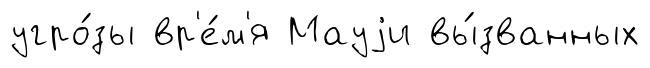
угро́зы вр'е́м'я Мауjи вы́званных